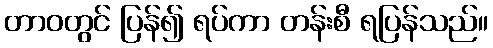
တာဝတွင် ပြန်၍ ရပ်ကာ တန်းစီ ရပြန်သည်။